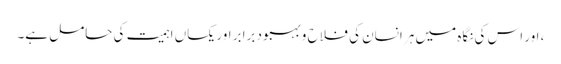
، اور اس کی نگاہ میں ہر انسان کی فلاح و بہبود برابر اور یکساں اہمیت کی حامل ہے۔